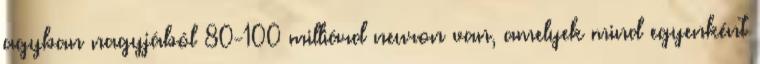
agyban nagyjából 80-100 milliárd neuron van, amelyek mind egyenként